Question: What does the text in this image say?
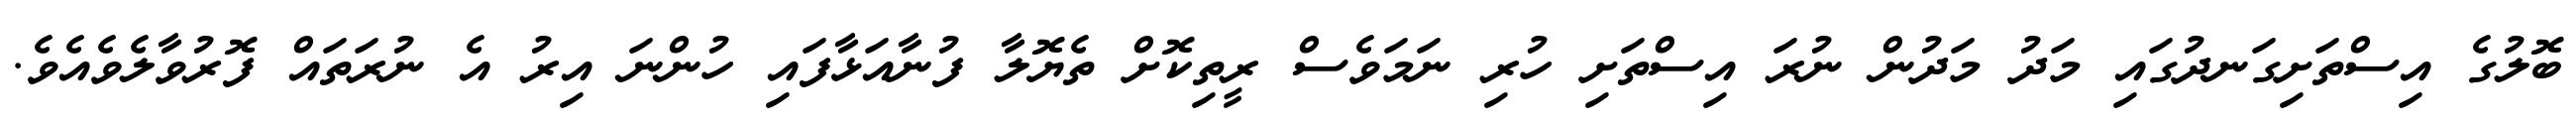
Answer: ބޮލުގެ އިސްތަށިގަނދުގައި މަދު މަދުން ނުރަ އިސްތަށި ހުރި ނަމަވެސް ރީތިކޮށް ތެޔޮލާ ފުނާއަޅާފައި ހުންނަ އިރު އެ ނުރަތައް ފޮރުވާލެވެއެވެ.